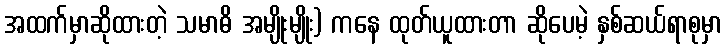
အထက်မှာဆိုထားတဲ့ သမာဓိ အမျိုးမျိုး) ကနေ ထုတ်ယူထားတာ ဆိုပေမဲ့ နှစ်ဆယ်ရာစုမှာ